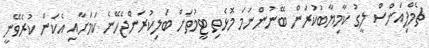
ޗެމްޕިއަންސް ލީގު ކާމިޔާބުކުރަން ބޭނުންނަމަ މޮޅެތި ޓީމުތަށް ބަލިކުރަންޖެހޭނެ ކަމަށާއި އެކަން ކުރެވޭނީ